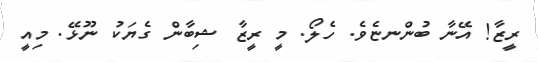
ރީޒާ! އޭނާ ބުންނޏެވެ. ހެލޯ. މީ ރީޒާ ޝިބާން ގެޔަކު ނޫޅޭ. މިއީ